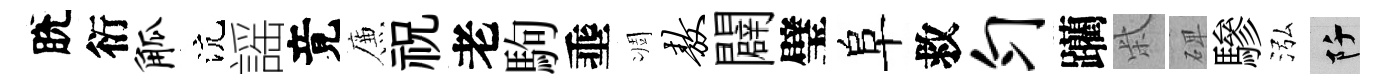
脫衍觚沆謡竟簾祝老駒埀凋敖闢璧阜救匀躪柴𥓓驂泓阡